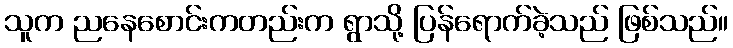
သူက ညနေစောင်းကတည်းက ရွာသို့ ပြန်ရောက်ခဲ့သည် ဖြစ်သည်။